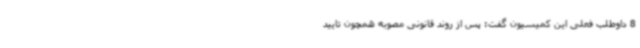
8 داوطلب فعلی این کمیسیون گفت: پس از روند قانونی مصوبه همچون تایید